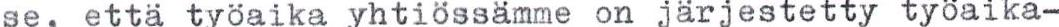
se, että työaika yhtiössämme on järjestetty työaika-